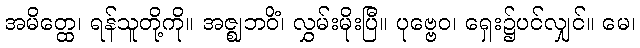
အမိတ္ထေ၊ ရန်သူတို့ကို။ အဇ္ဈဘဝိံ၊ လွှမ်းမိုးပြီ။ ပုဗ္ဗေဝ၊ ရှေး၌ပင်လျှင်။ မေ၊